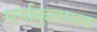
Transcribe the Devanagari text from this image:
एर्नाकुलमला